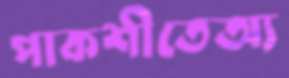
পাকশীতেঅ্য